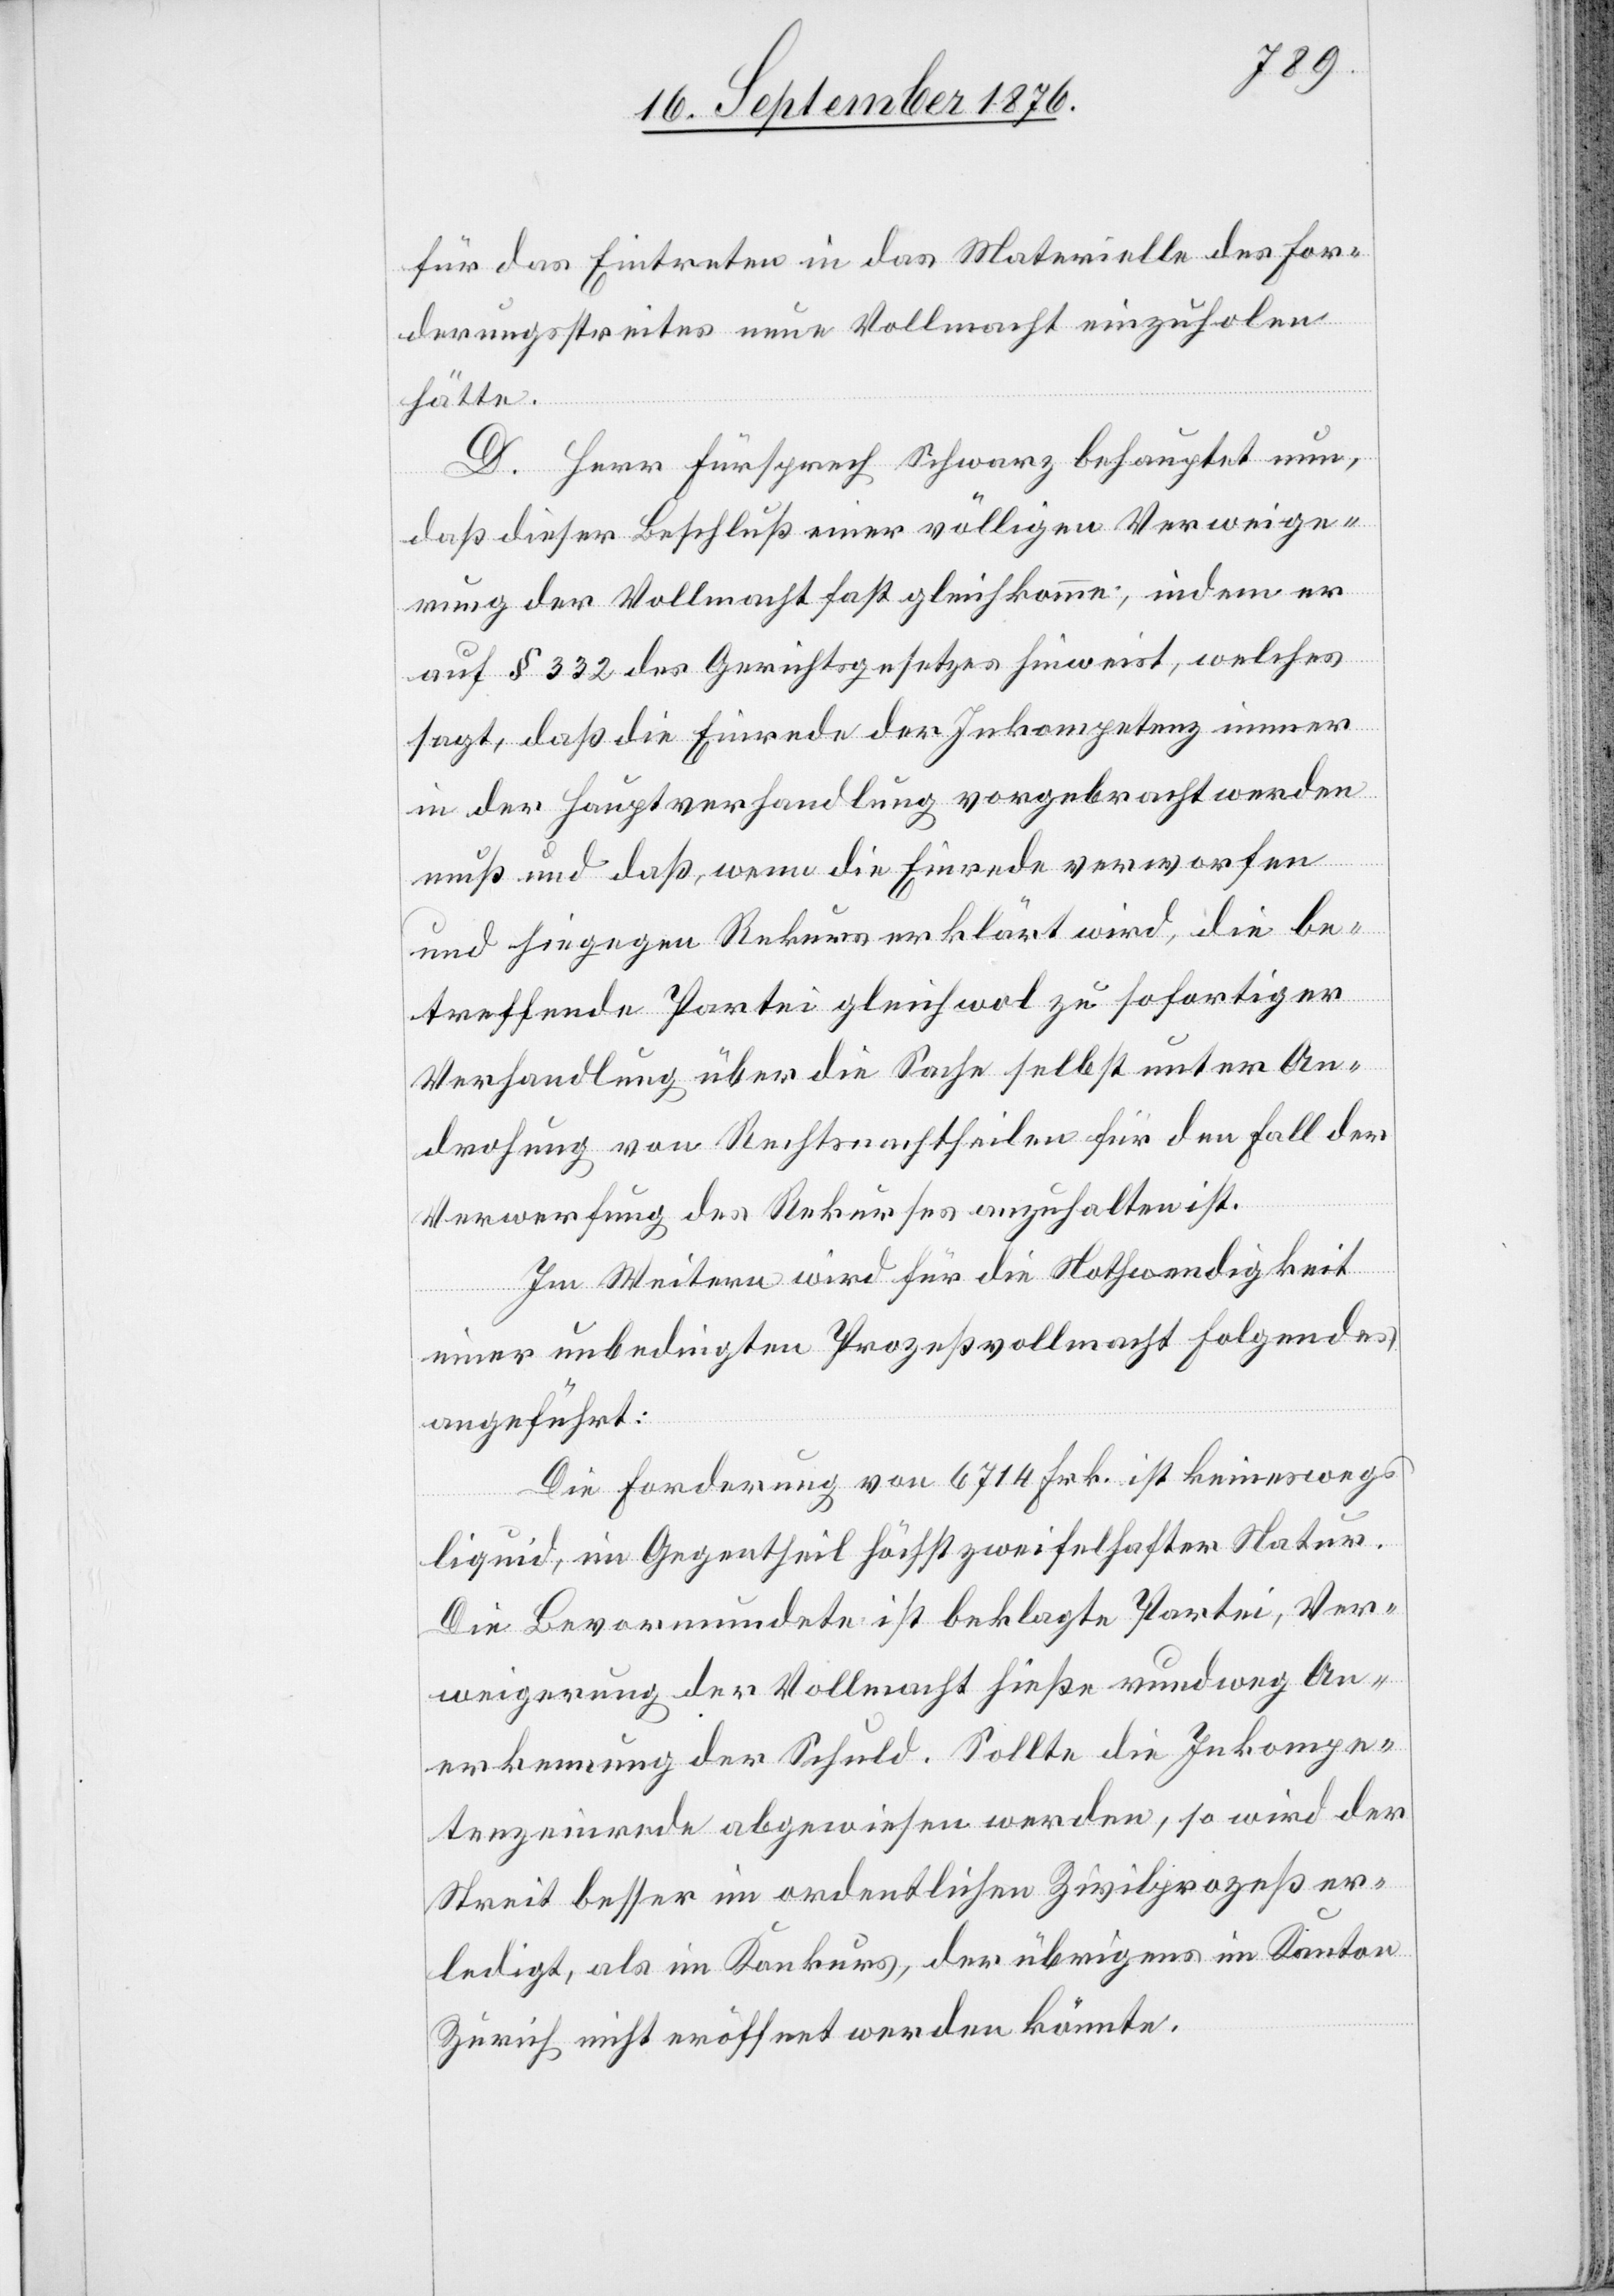
für das Eintreten in das Materielle des For¬
derungsstreites neue Vollmacht einzuholen
hätte.
D. Herr Fürsprech Schwarz behauptet nun,
daß dieser Beschluß einer völligen Verweige¬
rung der Vollmacht fast gleich komme, indem er
auf § 332 des Gerichtsgesetztes hinweist, welches
sagt, daß die Einrede der Inkompetenz immer
in der Hauptverhandlung vorgebracht werden
muß und daß, wenn die Einrede verworfen
und hiegegen Rekurs erklärt wird, die be¬
treffende Partei gleichwol zu sofortiger
Verhandlung über die Sache selbst unter An¬
drohung von Rechtsnachtheilen für den Fall der
Verwerfung des Rekurses anzuhalten ist.
Im Weitern wird für die Nothwendigkeit
einer unbedingten Prozeßvollmacht Folgendes
angeführt:
Die Forderung von 6714 Frk. ist keineswegs
liquid, im Gegentheil höchst zweifelhafter Natur.
Die Bevormundete ist beklagte Partei, Ver¬
weigerung der Vollmacht hieße rundweg An¬
erkennung der Schuld. Sollte die Inkompe¬
tenzeinrede abgewiesen werden, so wird der
Streit besser im ordentlichen Zivilprozeß er¬
ledigt, als im Konkurs, der übrigens im Kanton
Zürich nicht eröffnet werden könnte.